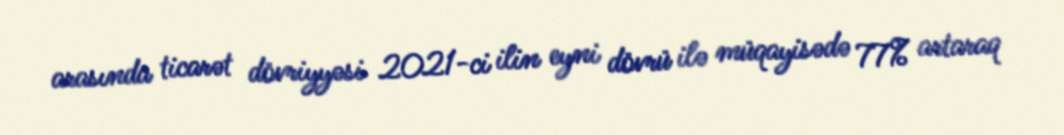
arasında ticarət dövriyyəsi 2021-ci ilin eyni dövrü ilə müqayisədə 77% artaraq